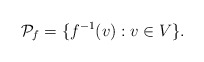
\begin{align*}\mathcal{P}_f = \{ f^{-1}(v) : v \in V \}.\end{align*}